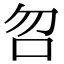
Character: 𠯳